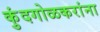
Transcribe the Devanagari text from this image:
कुंदगोळकरांना